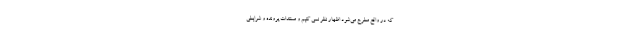
که در واقع مطرح می‌شود اظهار نظر نمی کنیم و مستندات پرونده و شرایطی